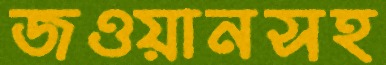
জওয়ানসহ